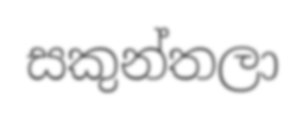
සකුන්තලා